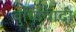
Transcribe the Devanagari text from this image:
बुध्दिवादी